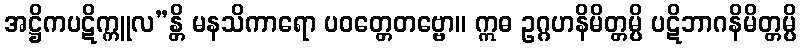
အဋ္ဌိကပဋိက္ကူလ”န္တိ မနသိကာရော ပဝတ္တေတဗ္ဗော။ ဣဓ ဥဂ္ဂဟနိမိတ္တမ္ပိ ပဋိဘာဂနိမိတ္တမ္ပိ